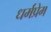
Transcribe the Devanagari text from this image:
धर्मप्रेम